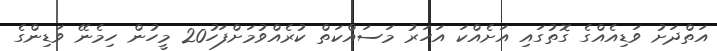
އަތްދަށު ވަޑިއެއްގެ ގޮތުގައި އަށެއްކަ އަހަރު މަސައްކަތް ކުރެއްވުމަށްފަހު20 މީހުން ހިމެނޭ ވަޑިންގެ